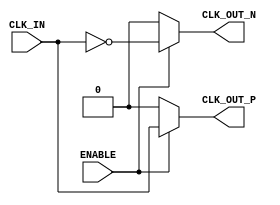
module differential_clock_buffer (
    input wire CLK_IN,        // Single-ended input clock signal
    input wire ENABLE,        // Active-high control signal
    output reg CLK_OUT_P,     // Positive differential clock output
    output reg CLK_OUT_N      // Negative differential clock output
);

// Internal signal for buffered clock
reg buffered_clk;

// Always block to manage clock output based on ENABLE signal
always @(*) begin
    if (ENABLE) begin
        // Buffer the input clock signal
        buffered_clk = CLK_IN; // In a real design, this would be a buffer
        CLK_OUT_P = buffered_clk; // Positive output
        CLK_OUT_N = ~buffered_clk; // Negative output (inverted)
    end else begin
        // Drive outputs to known state when disabled
        CLK_OUT_P = 1'b0;
        CLK_OUT_N = 1'b0;
    end
end

endmodule